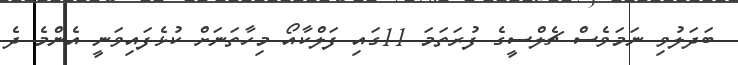
ބަދަލުވި ނަމަވެސް ޗެލްސީގެ ފުރަތަމަ 11ގައި ފަލްކާއޯ މިހާތަނަށް ކުޅެފައިވަނީ އެންމެ ދެ